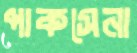
পাকসেনা